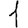
Digit: 1